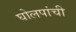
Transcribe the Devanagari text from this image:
घोलपांची